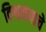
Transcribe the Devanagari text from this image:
विश्वकपाचे